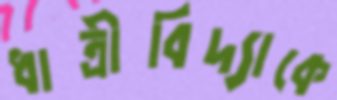
ধাত্রীবিদ্যাকে